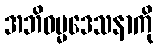
အဘိဓမ္မဒေသနာကို